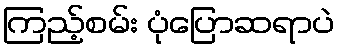
ကြည့်စမ်း ပုံပြောဆရာပဲ